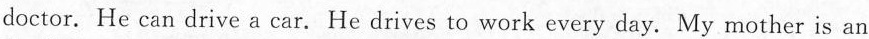
doctor. He can drive a car. He drives to work every day. My mother is an